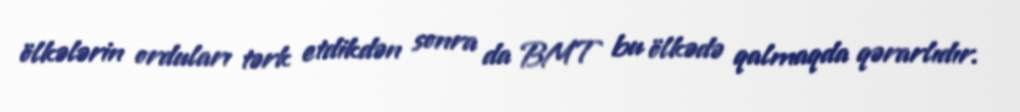
ölkələrin orduları tərk etdikdən sonra da BMT bu ölkədə qalmaqda qərarlıdır.